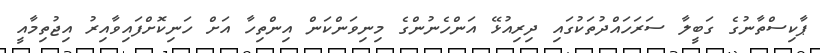
ޕާކިސްތާނުގެ ގަބީލާ ސަރަހައްދުތަކުގައި ދިރިއުޅޭ އަންހެނުންގެ މިނިވަންކަން އިންތިހާ އަށް ހަނިކޮށްފައިވާއިރު އިޖުތިމާއީ